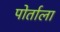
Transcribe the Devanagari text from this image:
पोर्ताला